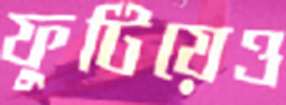
ফুটিয়েও